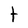
Character: t